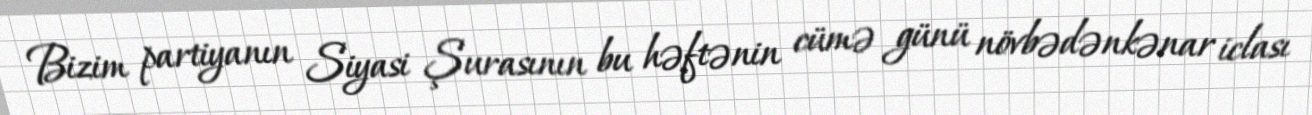
Bizim partiyanın Siyasi Şurasının bu həftənin cümə günü növbədənkənar iclası